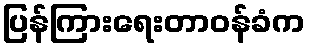
ပြန်ကြားရေးတာဝန်ခံက